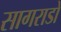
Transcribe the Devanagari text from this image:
सागराडो